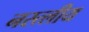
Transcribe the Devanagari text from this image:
नस्त्लीय